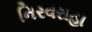
નિરવરાહા